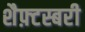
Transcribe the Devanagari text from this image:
शैफ़्टस्बरी